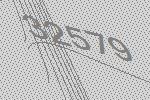
32579